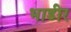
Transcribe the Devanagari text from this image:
भाडीर